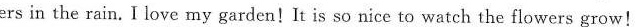
ers in the rain. I love my garden! It is so nice to watch the flowers grow!